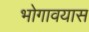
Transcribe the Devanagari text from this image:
भोगावयास